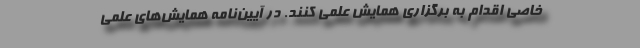
خاصی اقدام به برگزاری همایش علمی کنند. در آیین‌نامه همایش‌های علمی